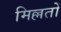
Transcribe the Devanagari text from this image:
मिल्लतों